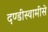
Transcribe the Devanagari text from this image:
दण्डीस्वामीसे